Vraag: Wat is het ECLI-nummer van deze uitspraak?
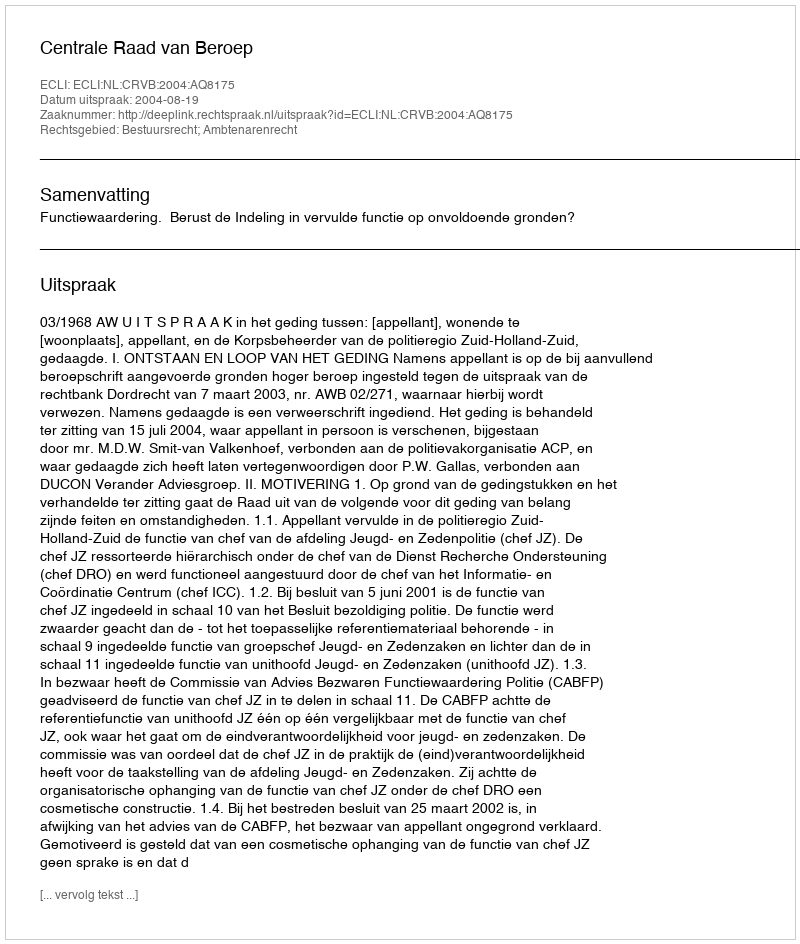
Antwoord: ECLI:NL:CRVB:2004:AQ8175